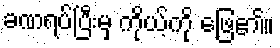
ခဏရပ်ပြီးမှ ကိုယ့်ကို ဖြေ၏။